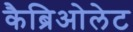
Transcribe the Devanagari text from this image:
कैब्रिओलेट